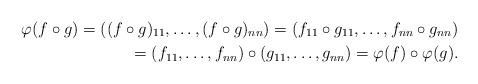
LaTeX: \begin{align*}\varphi (f\circ g) =((f\circ g)_{11},\ldots,(f\circ g)_{nn}) =(f_{11}\circ g_{11},\ldots,f_{nn}\circ g_{nn}) \\ =(f_{11},\ldots,f_{nn})\circ (g_{11},\ldots,g_{nn}) =\varphi (f)\circ \varphi (g).\end{align*}